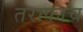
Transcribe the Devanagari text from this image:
तराफाच